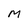
Character: m